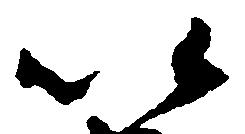
以